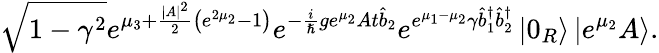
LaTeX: \sqrt{1-\gamma^{2}}e^{\mu_{3}+\frac{|A|^{2}}{2}\left(e^{2\mu_{2}}-1\right)}e^{-\frac{i}{\hslash}ge^{\mu_{2}}At\hat{b}_{2}}e^{e^{\mu_{1}-\mu_{2}}\gamma\hat{b}_{1}^{\dagger}\hat{b}_{2}^{\dagger}}\left\vert 0_{R}\right\rangle\left\vert e^{\mu_{2}}A\right\rangle.